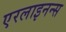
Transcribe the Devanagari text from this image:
एरलाइनन्स